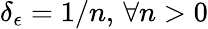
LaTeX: \delta_{\epsilon}=1/n,\, \forall n>0